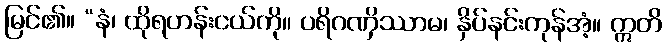
မြင်၏။ “နံ၊ ထိုရဟန်းငယ်ကို။ ပရိဂဏှိဿာမ၊ နှိပ်နင်းကုန်အံ့။ ဣတိ